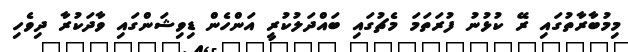
މިމުބާރާތުގައި ރޭ ކުޅުނު ފުރަތަމަ މެޗުގައި ބައްދަލުކުރީ އަންހެން ޑިވިޝަންގައި ވާދަކުރާ ދިވެހި